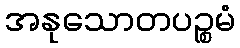
အနုသောတပဉ္စမံ